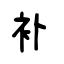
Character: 补